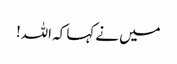
میں نے کہا کہ اللہ!